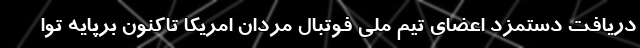
دریافت دستمزد اعضای تیم ملی فوتبال مردان امریکا تاکنون برپایه توا